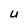
Character: U